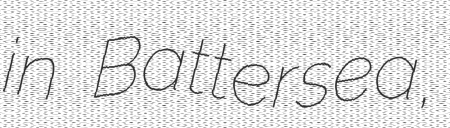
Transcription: in Battersea,